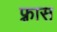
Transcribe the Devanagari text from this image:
फ़्रास